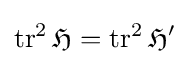
\operatorname {tr} ^{2}{\mathfrak {H}}=\operatorname {tr} ^{2}{\mathfrak {H}}'